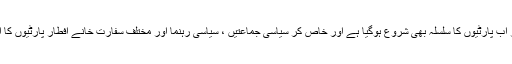
افطار کے نام پر اب پارٹیوں کا سلسلہ بھی شروع ہوگیا ہے اور خاص کر سیاسی جماعتیں ، سیاسی رہنما اور مختلف سفارت خانے افطار پارٹیوں کا اہتمام کرتے ہیں۔